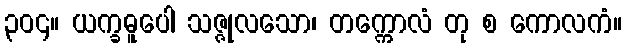
၃၀၄။ ယက္ခဓူပေါ သဇ္ဇုလသော၊ တက္ကောလံ တု စ ကောလကံ။